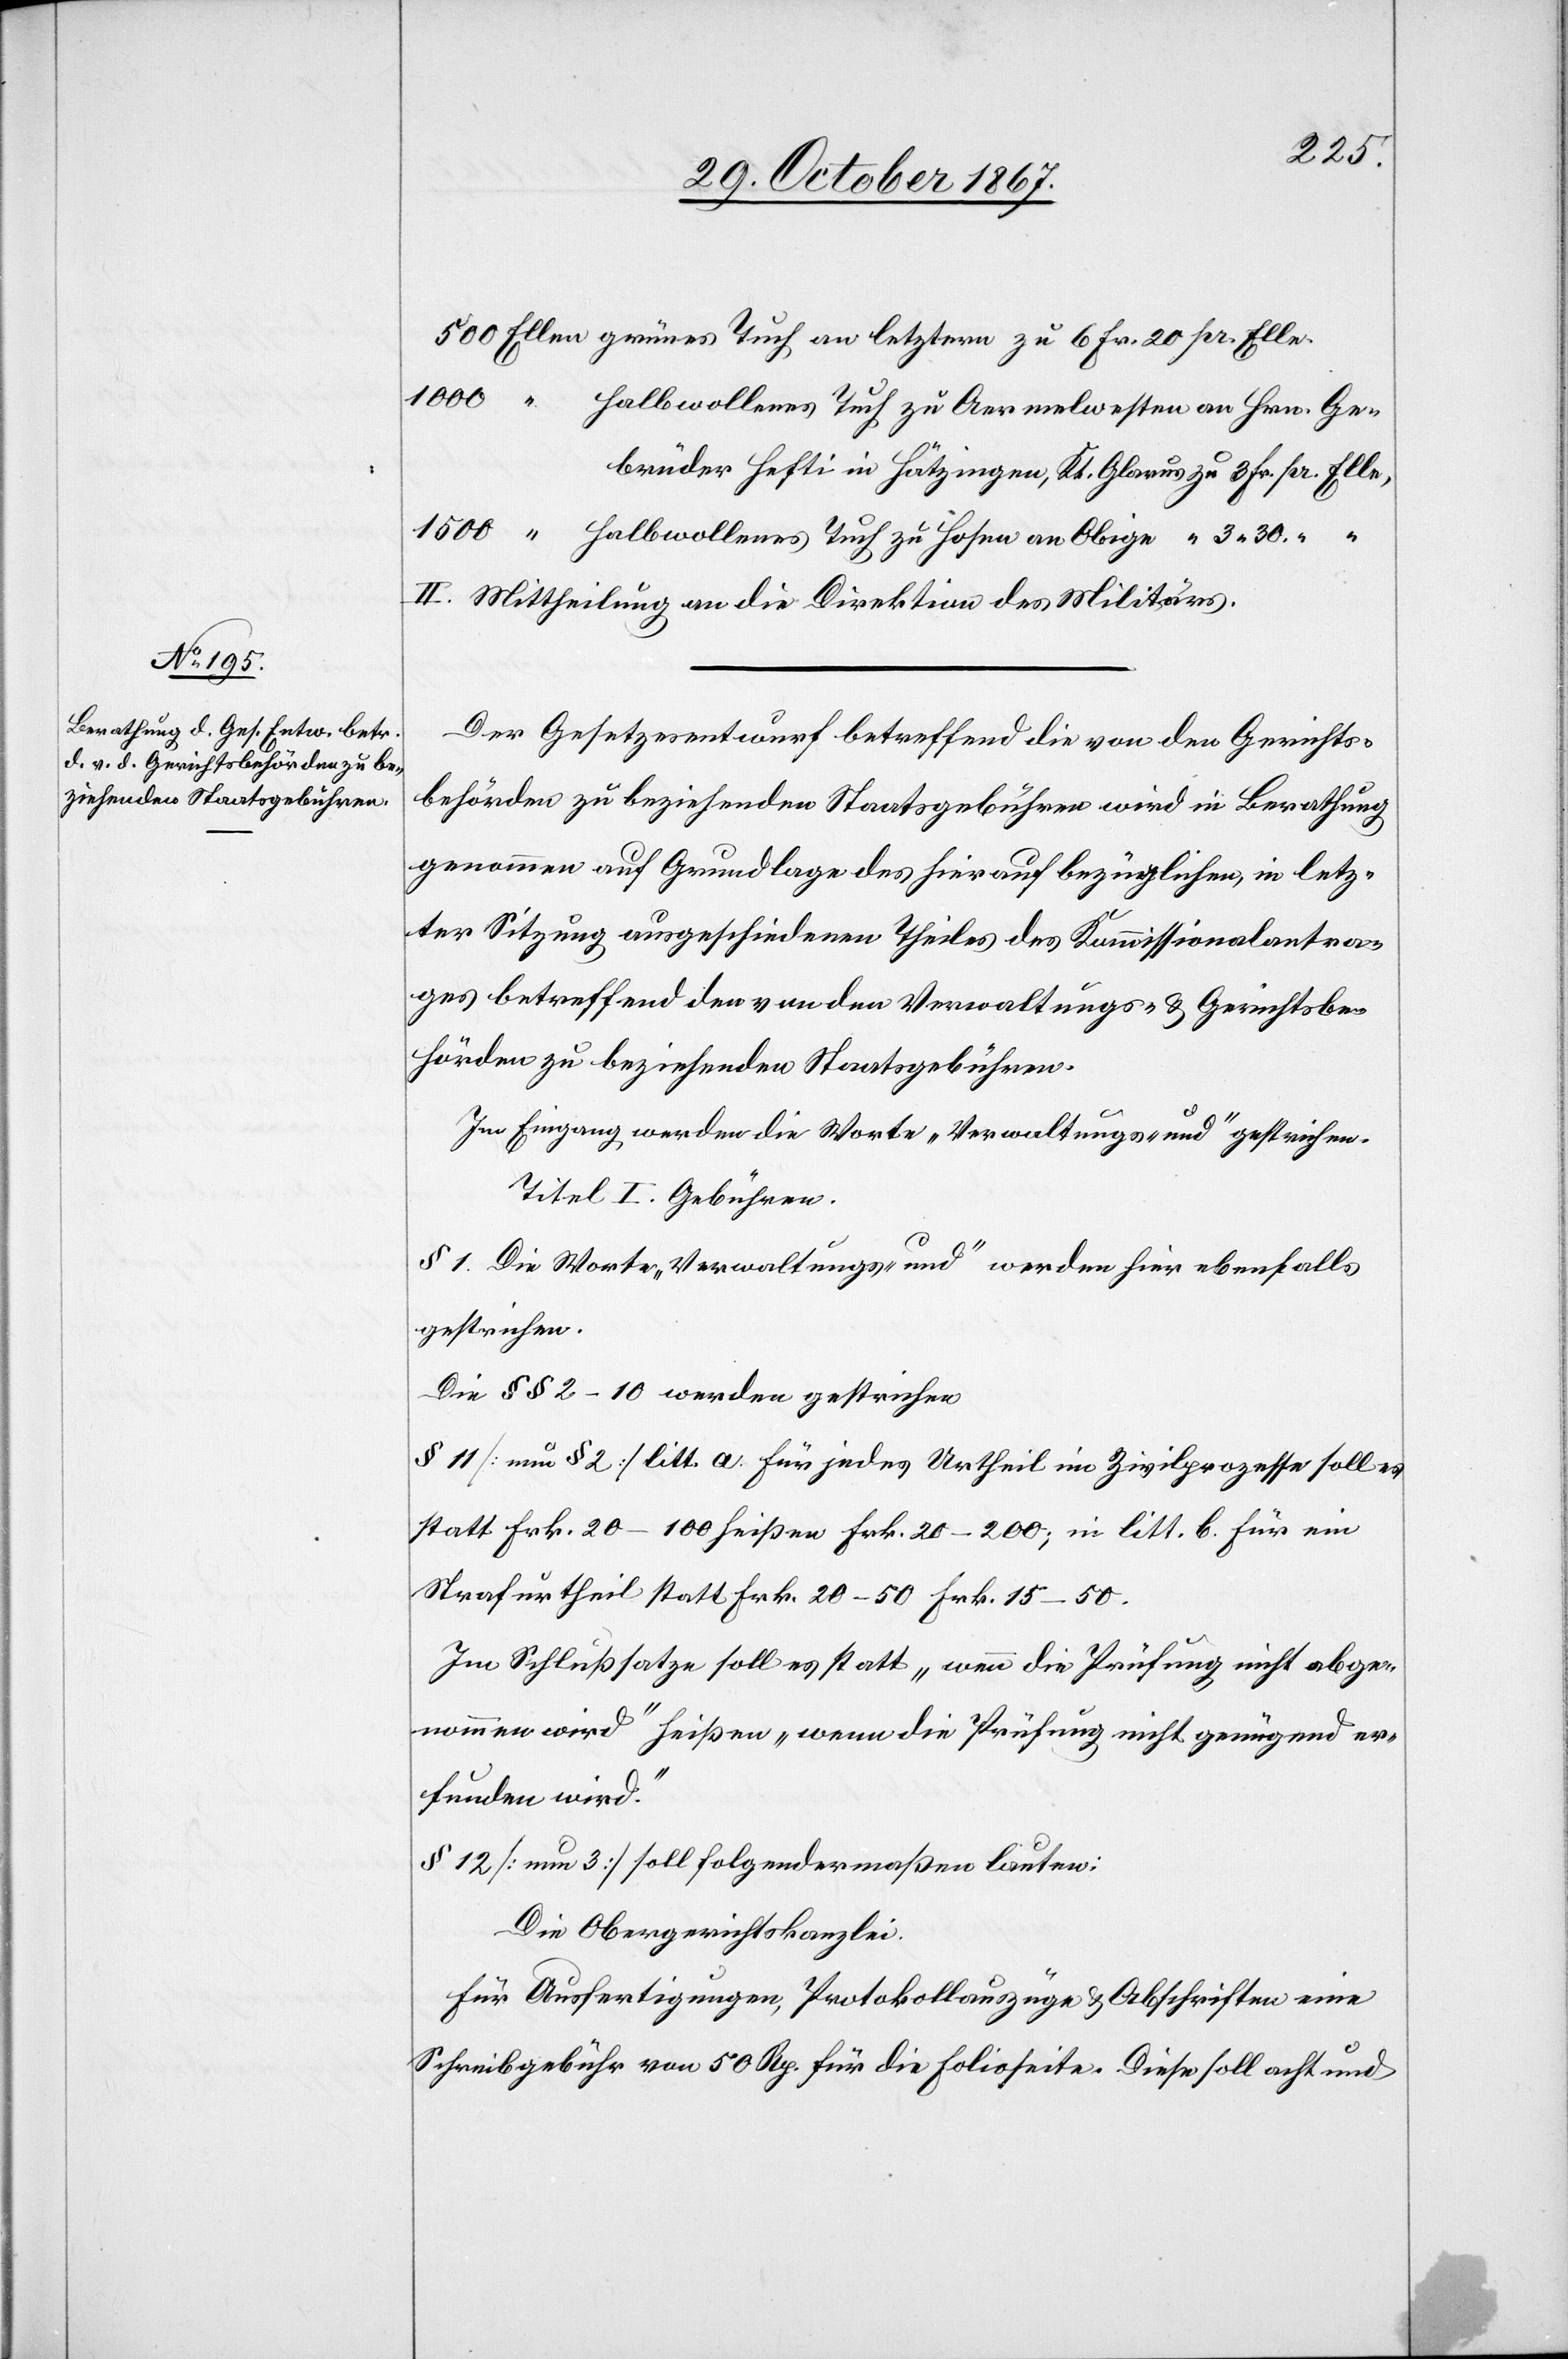
3.30
Gebrüder Hefti in Hätzingen, Kt. Glarus, zu 3 Fr. pr Elle,
II. Mittheilung an die Direktion des Militärs.
Der Gesetzesentwurf betreffend die von den Gerichts¬
behörden zu beziehenden Staatsgebühren wird in Berathung
genommen auf Grundlage des hierauf bezüglichen, in letz¬
ter Sitzung ausgeschiedenen Theiles des Kommissionalantra¬
ges betreffend den von den Verwaltungs- u. Gerichtsbe¬
hörden zu beziehenden Staatsgebühren.
Im Eingang werden die Worte „Verwaltungs- und“ gestrichen.
Titel I. Gebühren.
§ 1. Die Worte „Verwaltungs- und“ werden hier ebenfalls
gestrichen.
Die §§ 2–10 werden gestrichen.
§ 11 [neu § 2] litt. a. Für jedes Urtheil im Zivilprozesse soll es
statt Frk. 20–100 heißen Frk. 20–200; in litt. b. für ein
Strafurtheil statt Frk. 20-50 Frk. 15–50.
Im Schlußsatze soll es statt „wenn die Prüfung nicht abge¬
nommen wird“ heißen „wenn die Prüfung nicht genügend er¬
funden wird.“
§ 12 [neu § 3] soll folgendermaßen lauten:
Die Obergerichtskanzlei.
für Ausfertigungen, Protokollauszüge u. Abschriften eine
Schreibgebühr von 50 Rp. für die Folioseite, Diese soll acht und